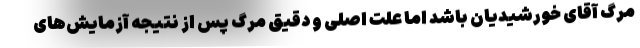
مرگ آقای خورشیدیان باشد اما علت اصلی و دقیق مرگ پس از نتیجه آزمایش‌های